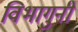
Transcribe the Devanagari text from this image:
विभागुनी